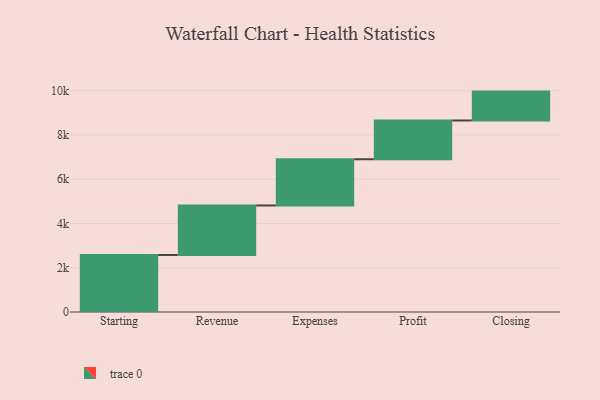
{"axis": {"x": "Step", "y": "Value"}, "legend": [""], "data": [{"x": "Starting", "y": 2577.0, "type": ""}, {"x": "Revenue", "y": 2237.0, "type": ""}, {"x": "Expenses", "y": 2088.0, "type": ""}, {"x": "Profit", "y": 1751.0, "type": ""}, {"x": "Closing", "y": 1306.0, "type": ""}]}